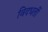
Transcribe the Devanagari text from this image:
विदधतीं